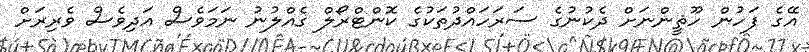
އޭގެ ފަހުން ހޫޘީންނަށް ދެކުނުގެ ސަރަހައްދުތަކުގެ ކޮންޓްރޯލް ގެއްލުނު ނަމަވެސް އަދިވެސް ވެރިރަށް